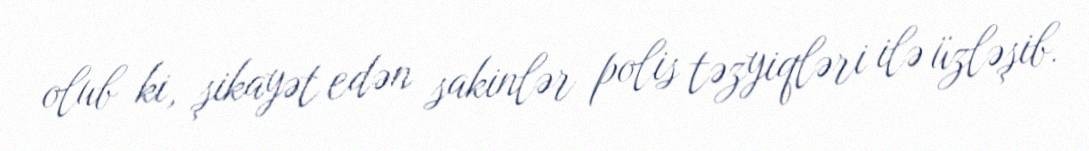
olub ki, şikayət edən sakinlər polis təzyiqləri ilə üzləşib.